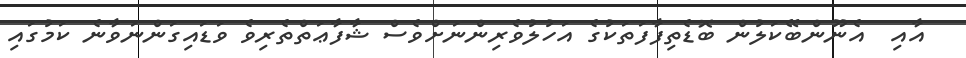
އާއި  އެނޫންބޭކަލުން ބޮޑެތިފާފަތަކުގެ އަހުލުވެރިންނަށްވެސް ޝާފާޢަތްތެރިވެ ވަޑައިގަންނަވާނެ ކަމުގައި